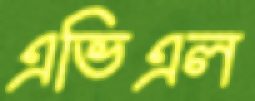
এভিএল